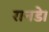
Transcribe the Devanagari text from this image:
रानडे।